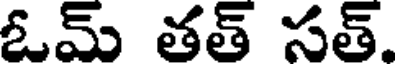
ఓమ్ తత్ సత్.